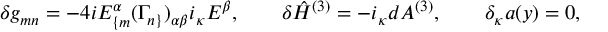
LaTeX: \delta g _ { m n } = - 4 i E _ { \{ m } ^ { \alpha } ( \Gamma _ { n \} } ) _ { \alpha \beta } i _ { \kappa } E ^ { \beta } , \qquad \delta \hat { H } ^ { ( 3 ) } = - i _ { \kappa } d A ^ { ( 3 ) } , \qquad \delta _ { \kappa } a ( y ) = 0 ,